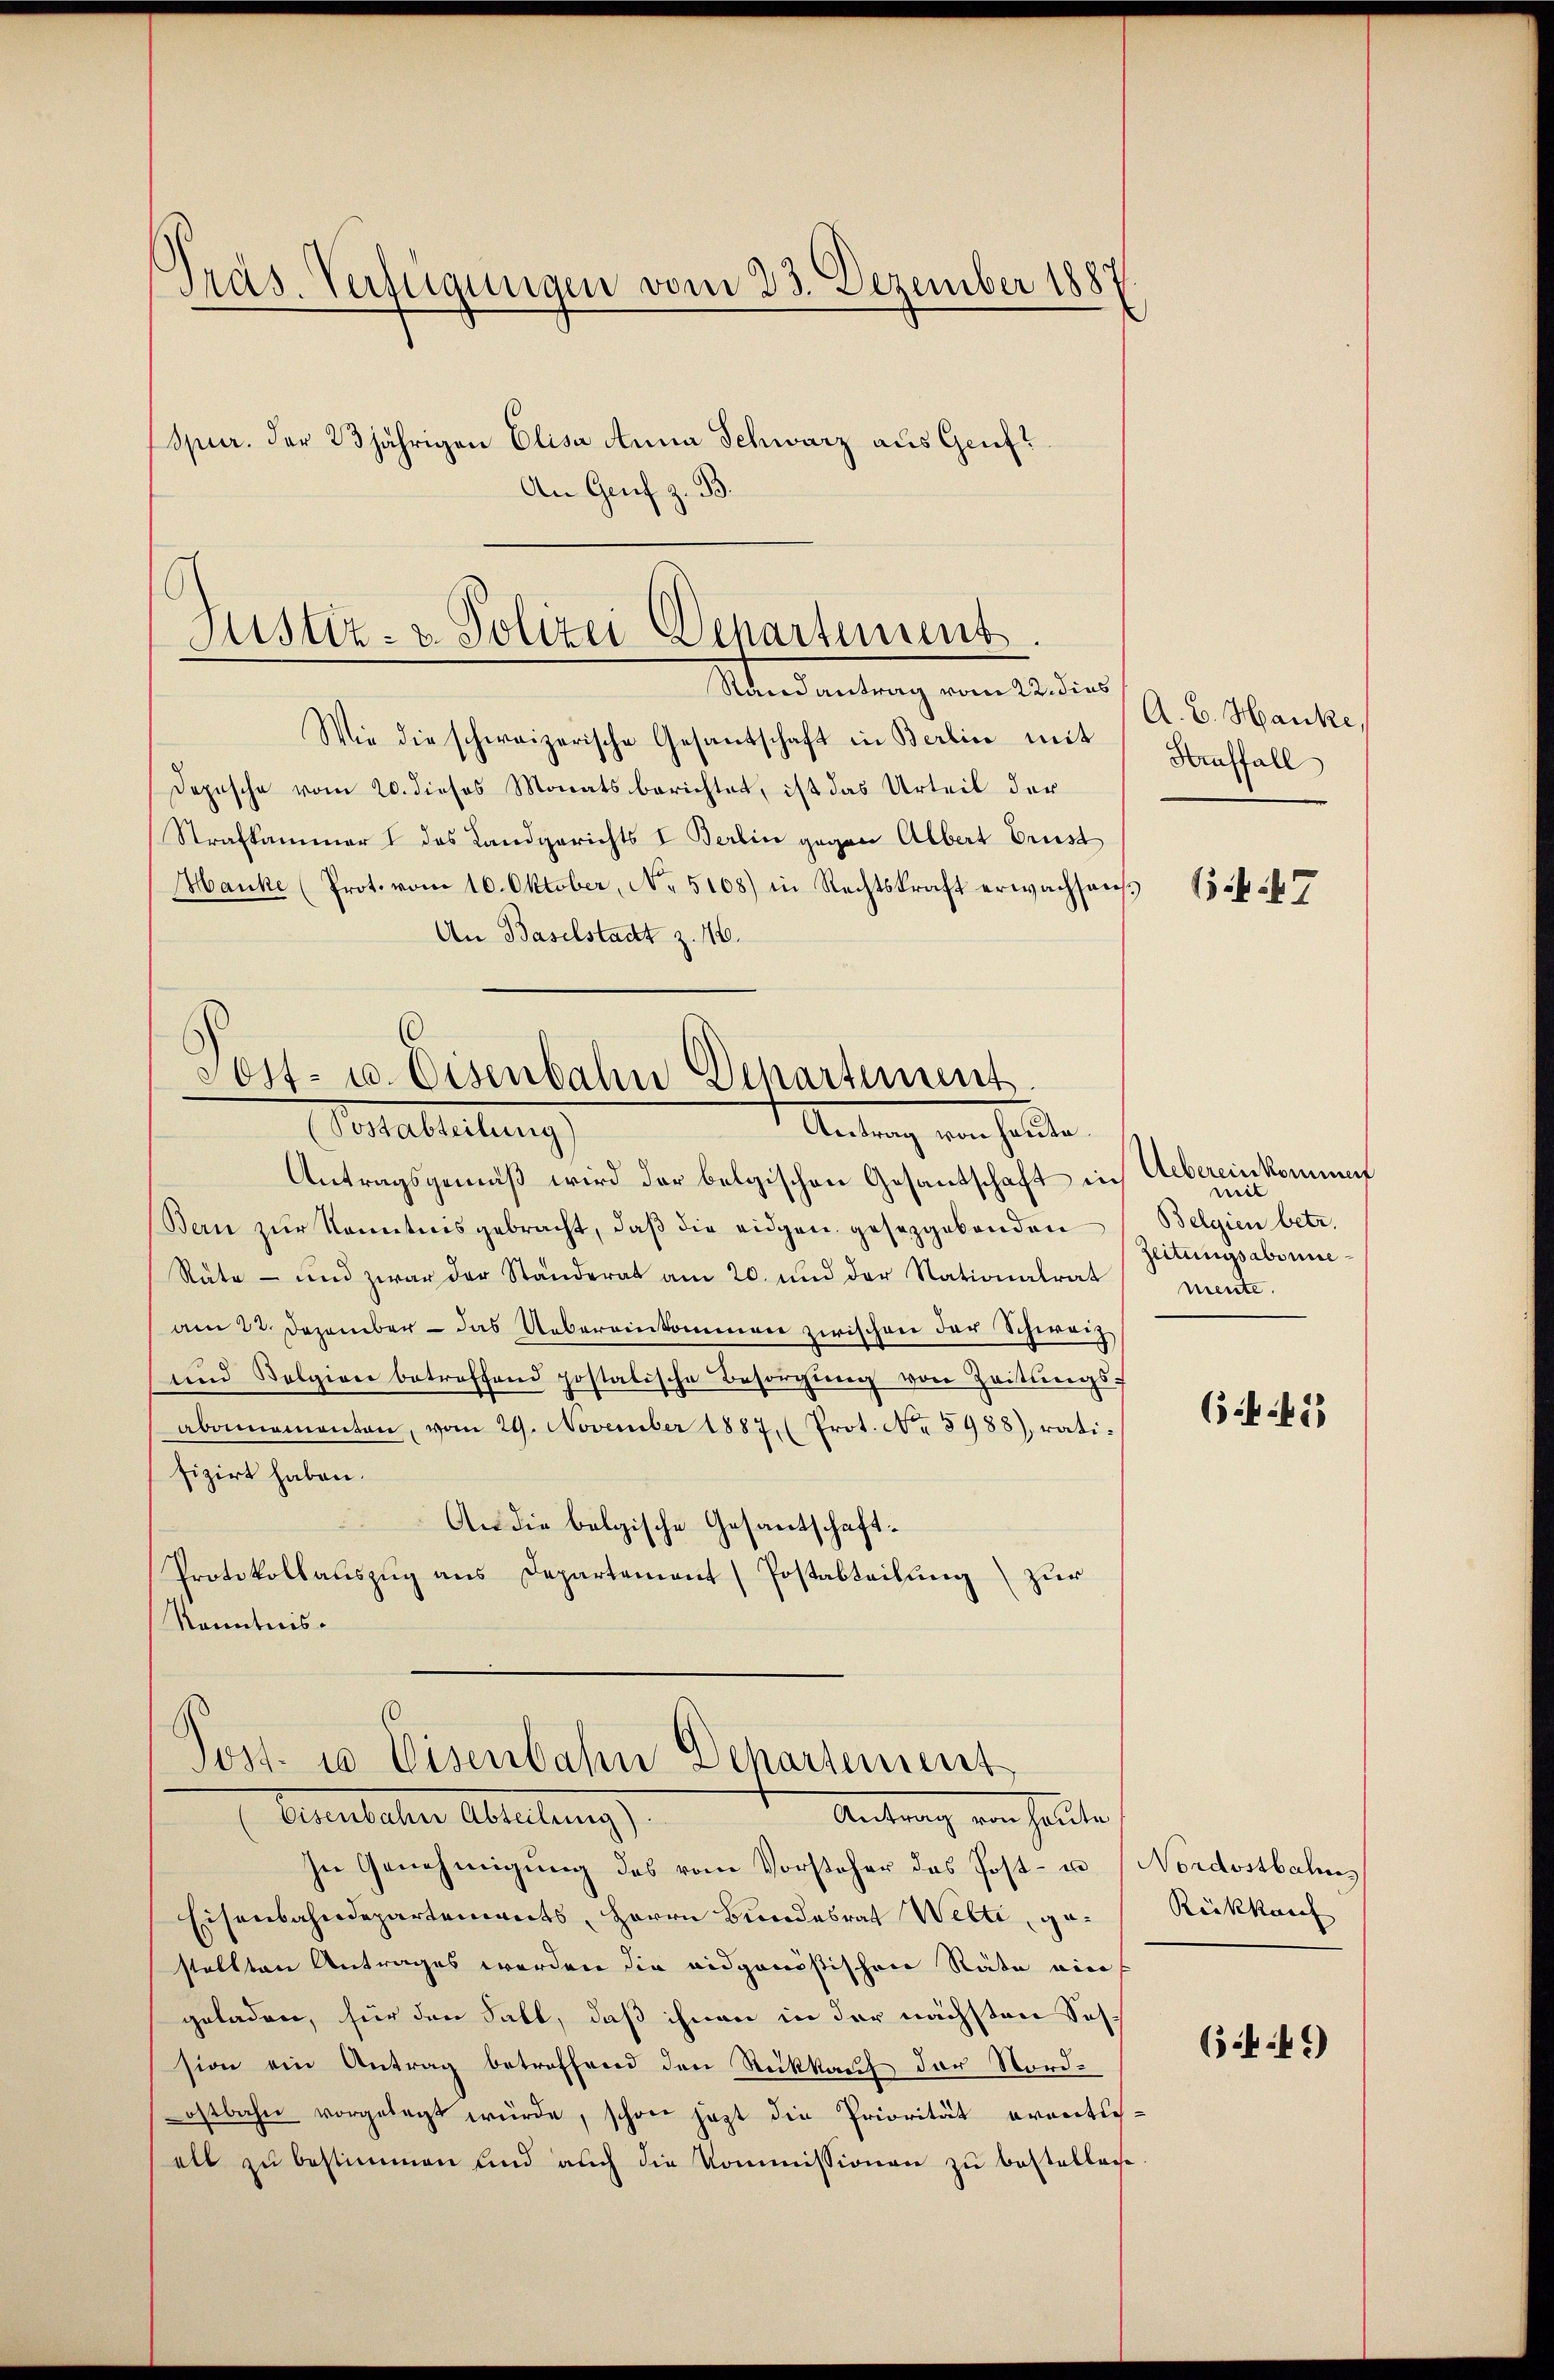
Präs. Verfügungen vom 23. Dezember 1887
Spur. der 23jährigen Elisa Anna Schwarz aus Genfz
.
33.
Gend

Justiz- & Polizei Departement.
Randantrag vom 22. dies

Post- u. Eisenbahn Departement
Venaltheilung
Aetung von halten.

Post. 10 Eisenbahn Departement
Eisenbahn Abteilung).
Antrag von heute

Wie die schweizerische Gesantschaft in Berlin mit
Dopische vom 20. dieses Monatsberichtet, ist das Urteil der
Strafkammer I des Landgerichts I Berlin gegen Albert Brust
Hanke (Prot. vom 10. Oktober, No 5108) in Rechtskraft erwachsan¬
An Baselstadt z. 16.

Antragsgemäß wird der belgischen Gesandschaft in
Bern zur Kenntnis gebracht, daß die eidgen gesetzgebenden
Räte - und zwar der Ständerat am 20. und der Nationalrat
am 22. Dezember - das Uebereinkommen zwischen der Schweiz
und Solgien betreffend postatische Besorgŭng von Zeitŭngs-
abonnementen, vom 29. November 1887, (Prot. No 5988), ratifizirt haben.
An die bolgische Gesandtschaft¬
Protokollauszug aus Departement (Postabteilung zur
Kenntnis.

A. E. Hanke,
Straffall

In Genehmigŭng des vom Vorsteher das Post- u. Nordostbahns
Eisenbahndepartements, Herrn Bundesrat Welti, gestellten Antrages werden die eidgenößischen Räte ein
geladen, für den Fall, daß ihnen in der nächsten Session ein Antrag betreffend den Rückkauf der Nordostbahn vorgelegt würde, schon jezt die Priorität eventsch-
all zu bestimmen und auch die Kommissionen zu bestellache

(if. 47

Uebereinkommer
mit
Belgien betr.
Zeitungsabonnemente.

41

Rückkauf

(44.)